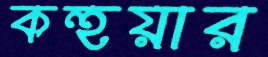
কহুয়ার